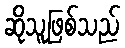
ဆိုသူဖြစ်သည်